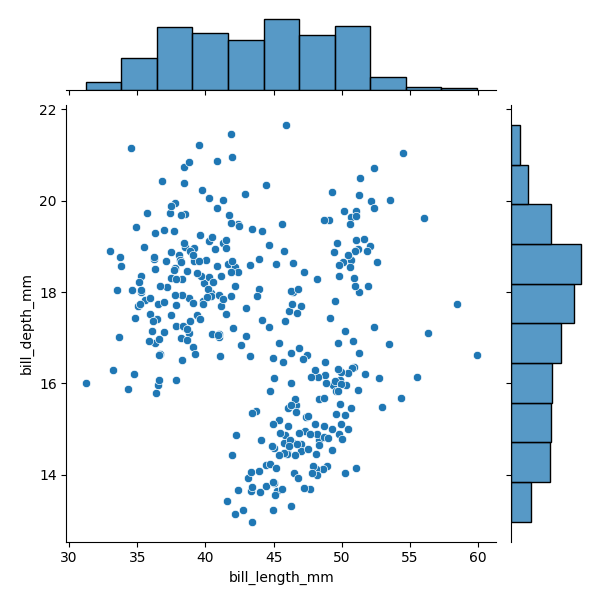
python, seaborn, JointGrid, scatterplot, histplot